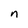
Character: n